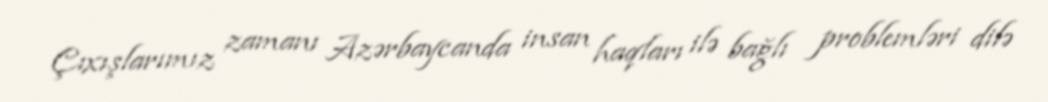
Çıxışlarımız zamanı Azərbaycanda insan haqları ilə bağlı problemləri dilə